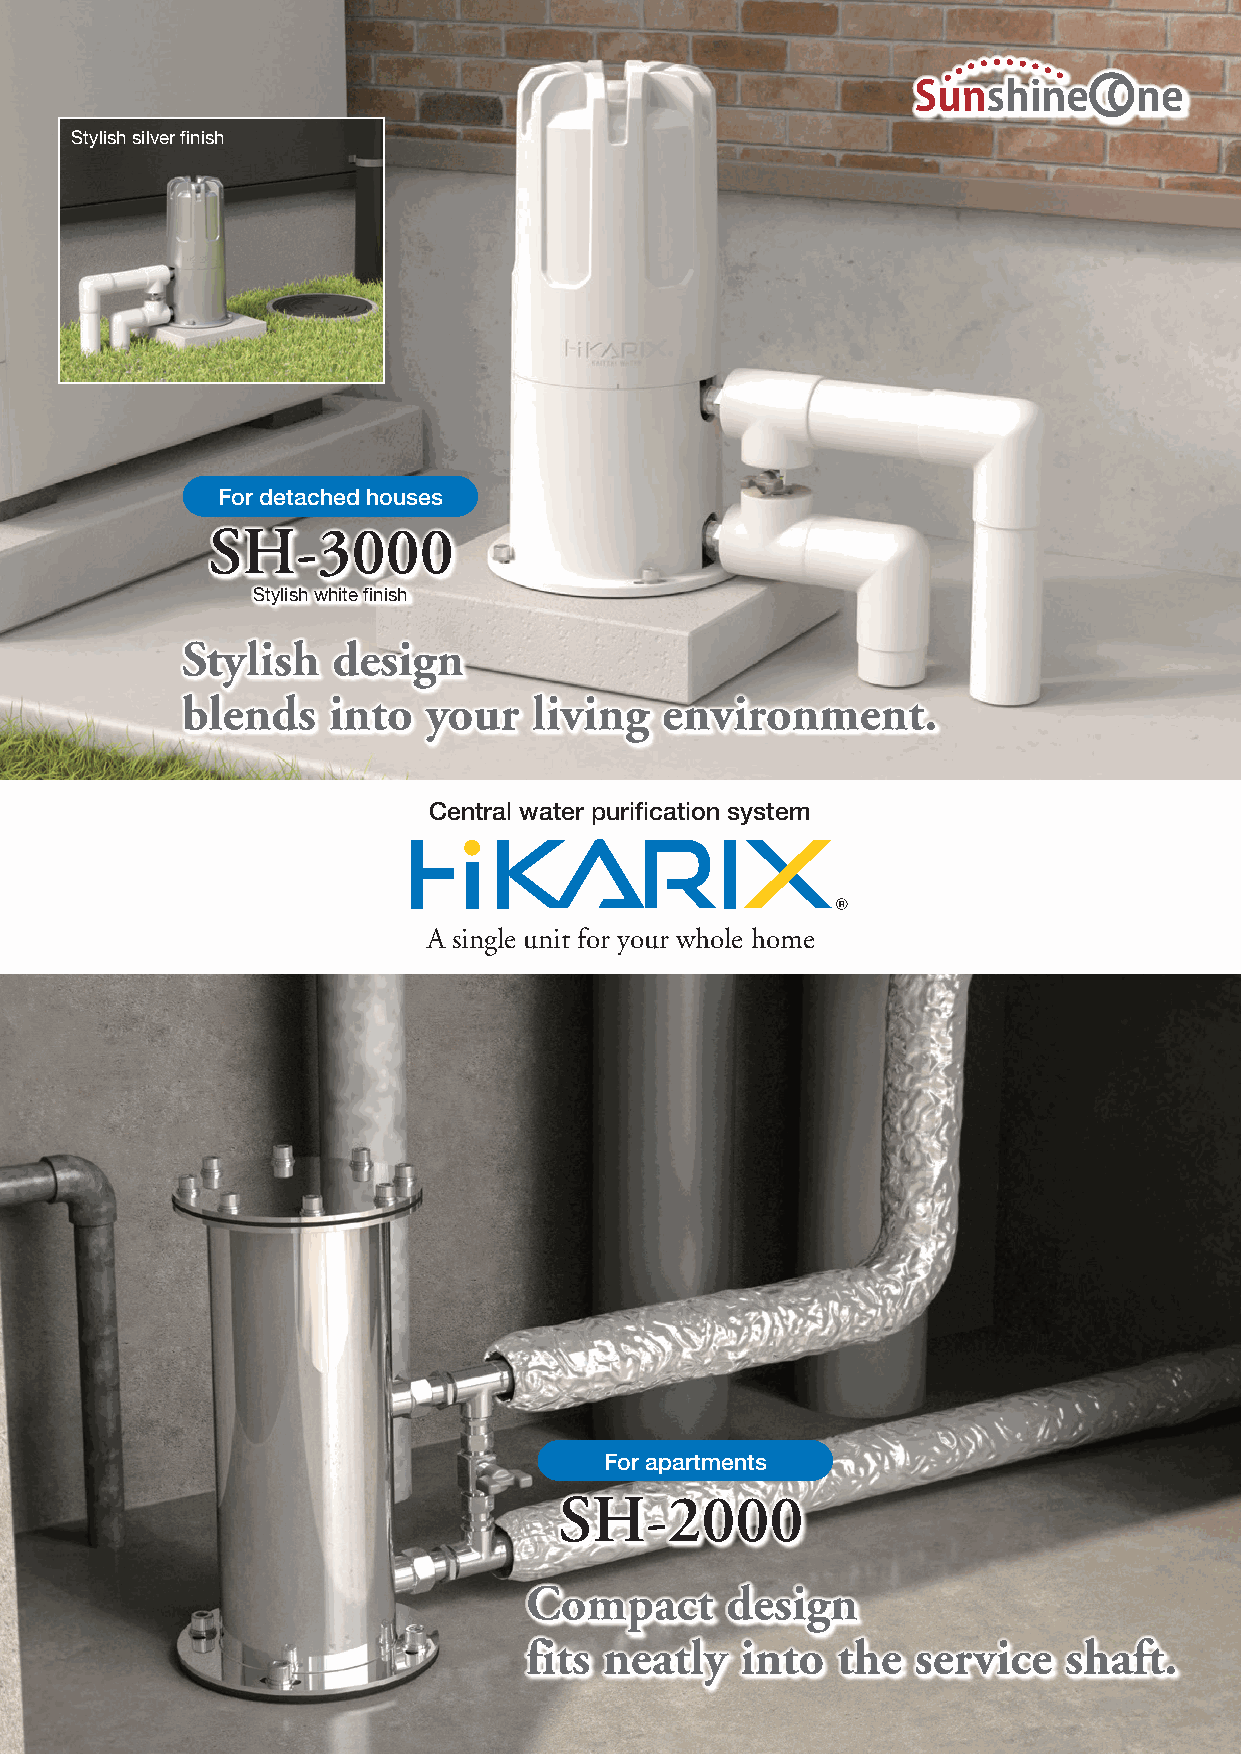
Stylish silver finish
 For detached houses
 SH-3000
 Stylish white finish
 Stylish   design
 blends    into  your   living   environment.
 Central water purification system
 A single unit for your whole home
 For apartments
 SH-2000
 Compact      design
 fits neatly   into  the   service  shaft.